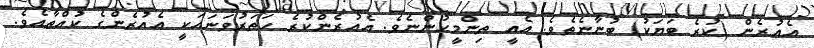
އެއުރެން (ކުރެ ބަޔަކު) ބުނާނެތެވެ. އެއީ ތިންމީހުންނެވެ. އެއުރެންކުރެ ހަތަރުވަނައަކީ އެއުރެންގެ ކުއްތާއެވެ.